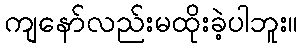
ကျနော်လည်းမထိုးခဲ့ပါဘူး။